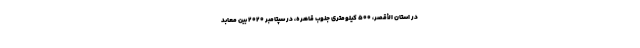
در استان الأقصر، ۵۰۰ کیلومتری جنوب قاهره، در سپتامبر ۲۰۲۰ بین معابد